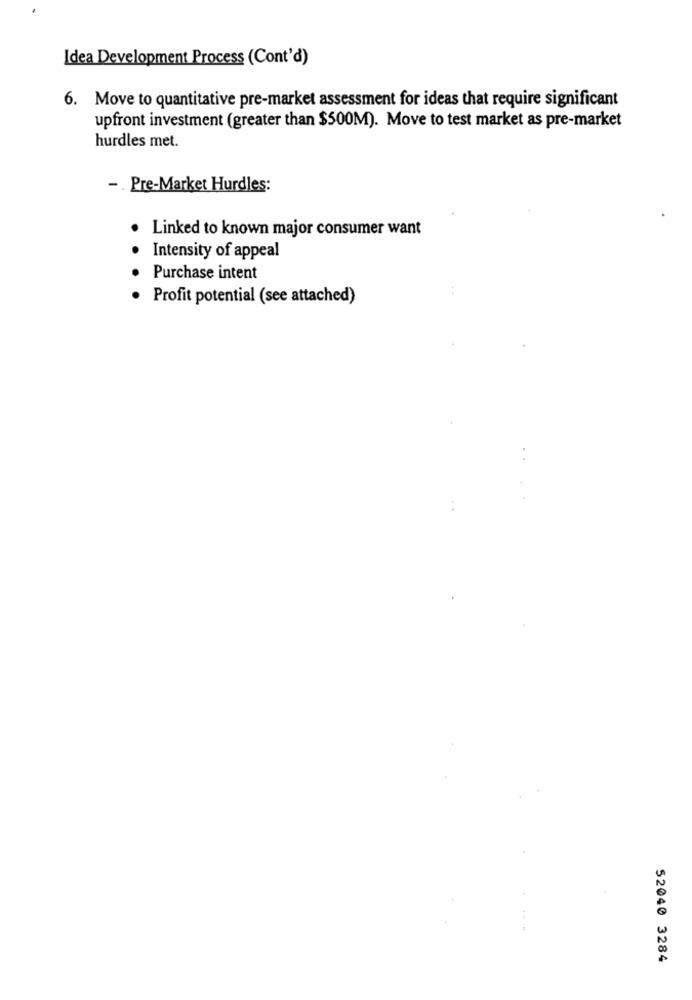
Idea Development Process (Cont'd)
6. Move to quantitative pre-market assessment for ideas that require significant
upfront investment (greater than $500M). Move to test market as pre-market
hurdles met.
-. Pre-Market Hurdles:
. Linked to known major consumer want
Intensity of appeal
Purchase intent
Profit potential (see attached)
52040 3284